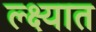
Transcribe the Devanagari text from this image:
ल्क्ष्यात